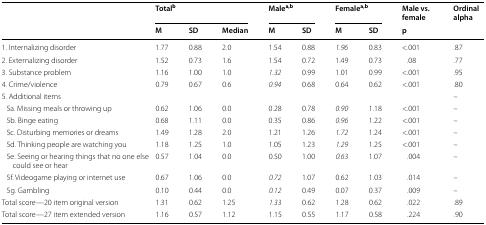
| <ROWSPAN=2>  | <COLSPAN=3> Totalb | <COLSPAN=2> Malea,b | <COLSPAN=2> Femalea,b | Male vs. female | <ROWSPAN=2> Ordinal alpha |
 | M | SD | Median | M | SD | M | SD | p |
 | --- | --- | --- | --- | --- | --- | --- | --- | --- | --- |
 | 1. Internalizing disorder | 1.77 | 0.88 | 2.0 | 1.54 | 0.88 | 1.96 | 0.83 | <.001 | .87 |
 | 2. Externalizing disorder | 1.52 | 0.73 | 1.6 | 1.54 | 0.72 | 1.49 | 0.73 | .08 | .77 |
 | 3. Substance problem | 1.16 | 1.00 | 1.0 | 1.32 | 0.99 | 1.01 | 0.99 | <.001 | .95 |
 | 4. Crime/violence | 0.79 | 0.67 | 0.6 | 0.94 | 0.68 | 0.64 | 0.62 | <.001 | .80 |
 | 5. Additional items |  |  |  |  |  |  |  |  | – |
 | 5a. Missing meals or throwing up | 0.62 | 1.06 | 0.0 | 0.28 | 0.78 | 0.90 | 1.18 | <.001 | – |
 | 5b. Binge eating | 0.68 | 1.11 | 0.0 | 0.35 | 0.86 | 0.96 | 1.22 | <.001 | – |
 | 5c. Disturbing memories or dreams | 1.49 | 1.28 | 2.0 | 1.21 | 1.26 | 1.72 | 1.24 | <.001 | – |
 | 5d. Thinking people are watching you | 1.18 | 1.25 | 1.0 | 1.05 | 1.23 | 1.29 | 1.25 | <.001 | – |
 | 5e. Seeing or hearing things that no one else could see or hear | 0.57 | 1.04 | 0.0 | 0.50 | 1.00 | 0.63 | 1.07 | .004 | – |
 | 5f. Videogame playing or internet use | 0.67 | 1.06 | 0.0 | 0.72 | 1.07 | 0.62 | 1.03 | .014 | – |
 | 5g. Gambling | 0.10 | 0.44 | 0.0 | 0.12 | 0.49 | 0.07 | 0.37 | .009 | – |
 | Total score—20 item original version | 1.31 | 0.62 | 1.25 | 1.33 | 0.62 | 1.28 | 0.62 | .022 | .89 |
 | Total score—27 item extended version | 1.16 | 0.57 | 1.12 | 1.15 | 0.55 | 1.17 | 0.58 | .224 | .90 |